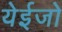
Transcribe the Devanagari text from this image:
येईजो